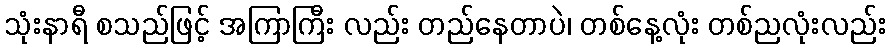
သုံးနာရီ စသည်ဖြင့် အကြာကြီး လည်း တည်နေတာပဲ၊ တစ်နေ့လုံး တစ်ညလုံးလည်း